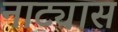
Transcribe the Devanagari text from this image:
नाट्यास